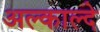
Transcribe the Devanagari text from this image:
अल्काल्दे